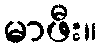
မာဖီး။